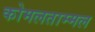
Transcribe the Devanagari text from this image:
कोमलताम्मल